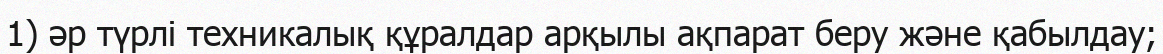
1) әр түрлі техникалық құралдар арқылы ақпарат беру және қабылдау;